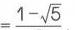
$=\frac{1 - \sqrt{5}}{}$